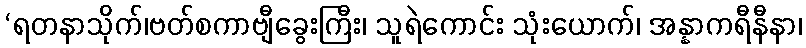
‘ရတနာသိုက်၊ဗတ်စကာဗျီခွေးကြီး၊ သူရဲကောင်း သုံးယောက်၊ အန္နာကရီနီနာ၊